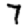
Digit: 7